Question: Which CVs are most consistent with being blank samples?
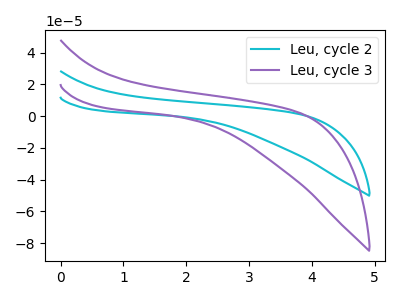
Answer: <think>The cyan curve "Leu, cycle 2" has no peaks. The purple curve "Leu, cycle 3" has no peaks.</think>
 <answer>"Leu, cycle 2" and "Leu, cycle 3" are likely to be blanks.</answer>
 <eval>"Leu, cycle 2", "Leu, cycle 3"</eval>